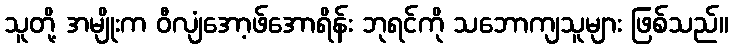
သူတို့ အမျိုးက ဝီလျံအော့ဖ်အောရိန်း ဘုရင်ကို သဘောကျသူများ ဖြစ်သည်။